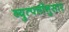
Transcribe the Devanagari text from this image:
व्युत्पत्तींनुसार